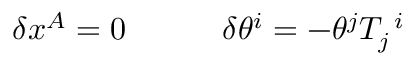
\begin{array} { c c } { { \delta x ^ { A } = 0 ~ ~ ~ } } & { { ~ ~ ~ \delta \theta ^ { i } = - \theta ^ { j } T _ { j } ^ { ~ i } } } \end{array}